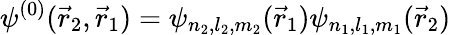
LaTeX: \psi^{(0)}({\vec{r}}_{2},{\vec{r}}_{1})=\psi_{n_{2},l_{2},m_{2}}({\vec{r}}_{1})\psi_{n_{1},l_{1},m_{1}}({\vec{r}}_{2})